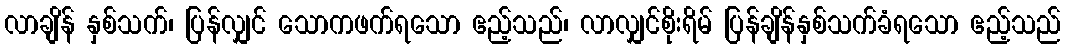
လာချိန် နှစ်သက်၊ ပြန်လျှင် သောကဖက်ရသော ဧည့်သည်၊ လာလျှင်စိုးရိမ် ပြန်ချိန်နှစ်သက်ခံရသော ဧည့်သည်